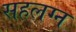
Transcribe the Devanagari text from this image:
सहलग्न